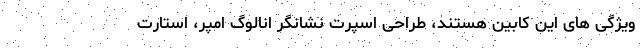
ویژگی های این کابین هستند، طراحی اسپرت نشانگر انالوگ امپر، استارت